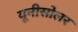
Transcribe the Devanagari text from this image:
यूनीसोलर